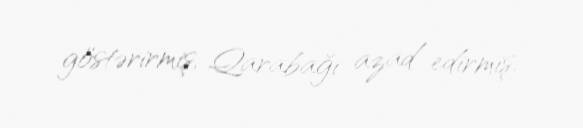
göstərirmiş, Qarabağı azad edirmiş.